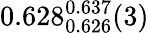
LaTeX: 0.628_{0.626}^{0.637}(3)